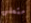
متعلق